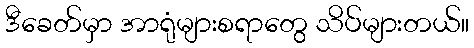
ဒီခေတ်မှာ အာရုံများစရာတွေ သိပ်များတယ်။